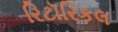
રિટૉરિકલ